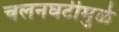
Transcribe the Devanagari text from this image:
चलनघटीमुळे